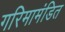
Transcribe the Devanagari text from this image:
गरिमामंडित